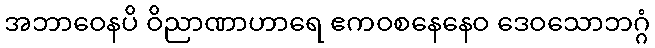
အဘာဝေနပိ ဝိညာဏာဟာရေ ဧကဝစနေနေဝ ဒေဝသောဘဂ္ဂံ